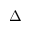
\Delta